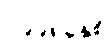
၁၉၉၈ခုနှစ်